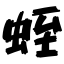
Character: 蛭